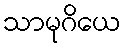
သာမုဂိယေ